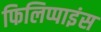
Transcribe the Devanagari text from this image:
फिलिप्पाइंस